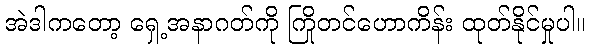
အဲဒါကတော့ ရှေ့အနာဂတ်ကို ကြိုတင်ဟောကိန်း ထုတ်နိုင်မှုပါ။